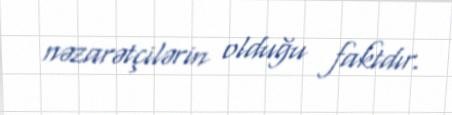
nəzarətçilərin olduğu faktdır.